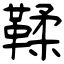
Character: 鞣